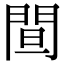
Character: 䦔